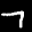
Label: 7